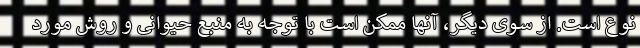
نوع است. از سوی دیگر، آنها ممکن است با توجه به منبع حیوانی و روش مورد